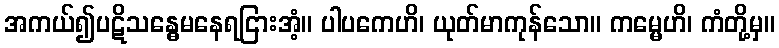
အကယ်၍ပဋိသန္ဓေမနေရငြားအံ့။ ပါပကေဟိ၊ ယုတ်မာကုန်သော။ ကမ္မေဟိ၊ ကံတို့မှ။